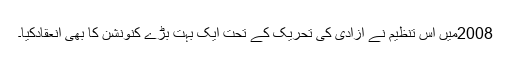
2008میں اس تنظیم نے آزادی کی تحریک کے تحت ایک بہت بڑے کنونشن کا بھی انعقادکیا۔